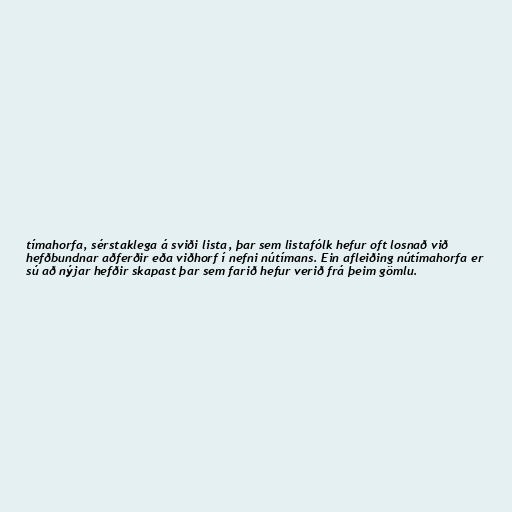
tímahorfa, sérstaklega á sviði lista, þar sem listafólk hefur oft losnað við
hefðbundnar aðferðir eða viðhorf í nefni nútímans. Ein afleiðing nútímahorfa er
sú að nýjar hefðir skapast þar sem farið hefur verið frá þeim gömlu.